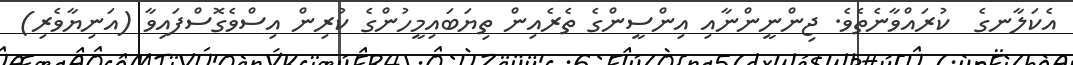
އެކަލާނގެ  ކުރައްވާނެތެވެ. ޖިންނީންނާއި އިންސީންގެ ތެރެއިން ތިޔަބައިމީހުންގެ ކުރިން އިސްވެގޮސްފައިވާ (އަނިޔާވެރި)